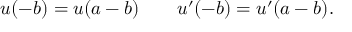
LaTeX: u ( - b ) = u ( a - b ) \qquad u ^ { \prime } ( - b ) = u ^ { \prime } ( a - b ) .